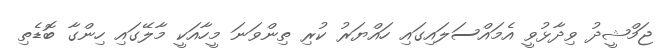
ޖަމްޝީދު ވިދާޅުވީ އެމައްސަލައިގައި ހައްޔަރު ކުރި ތިންވަނަ މީހާއަކީ މާލޭގައި ހިންގާ ބޮޑެތި